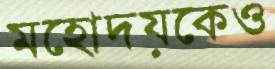
মহোদয়কেও